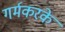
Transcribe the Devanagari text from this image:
गर्मकरके